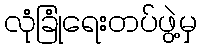
လုံခြုံရေးတပ်ဖွဲ့မှ